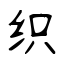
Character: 织